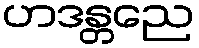
ဟဒန္တညေ